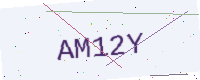
Text: AM12Y